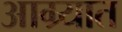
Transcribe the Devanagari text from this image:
आग्र्यात